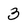
Character: 3